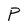
Character: P